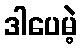
ဒါပေမဲ့